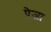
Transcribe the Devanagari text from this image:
पेजा